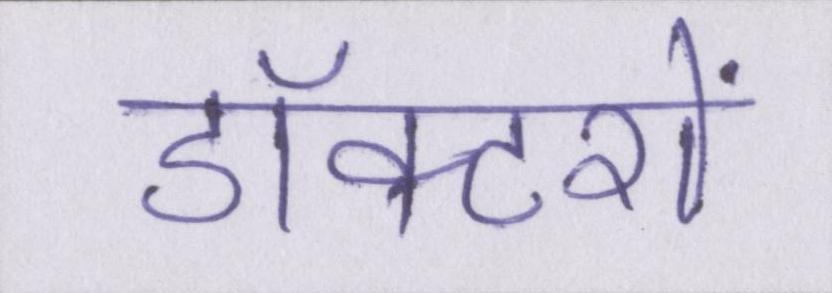
डॉक्टरों